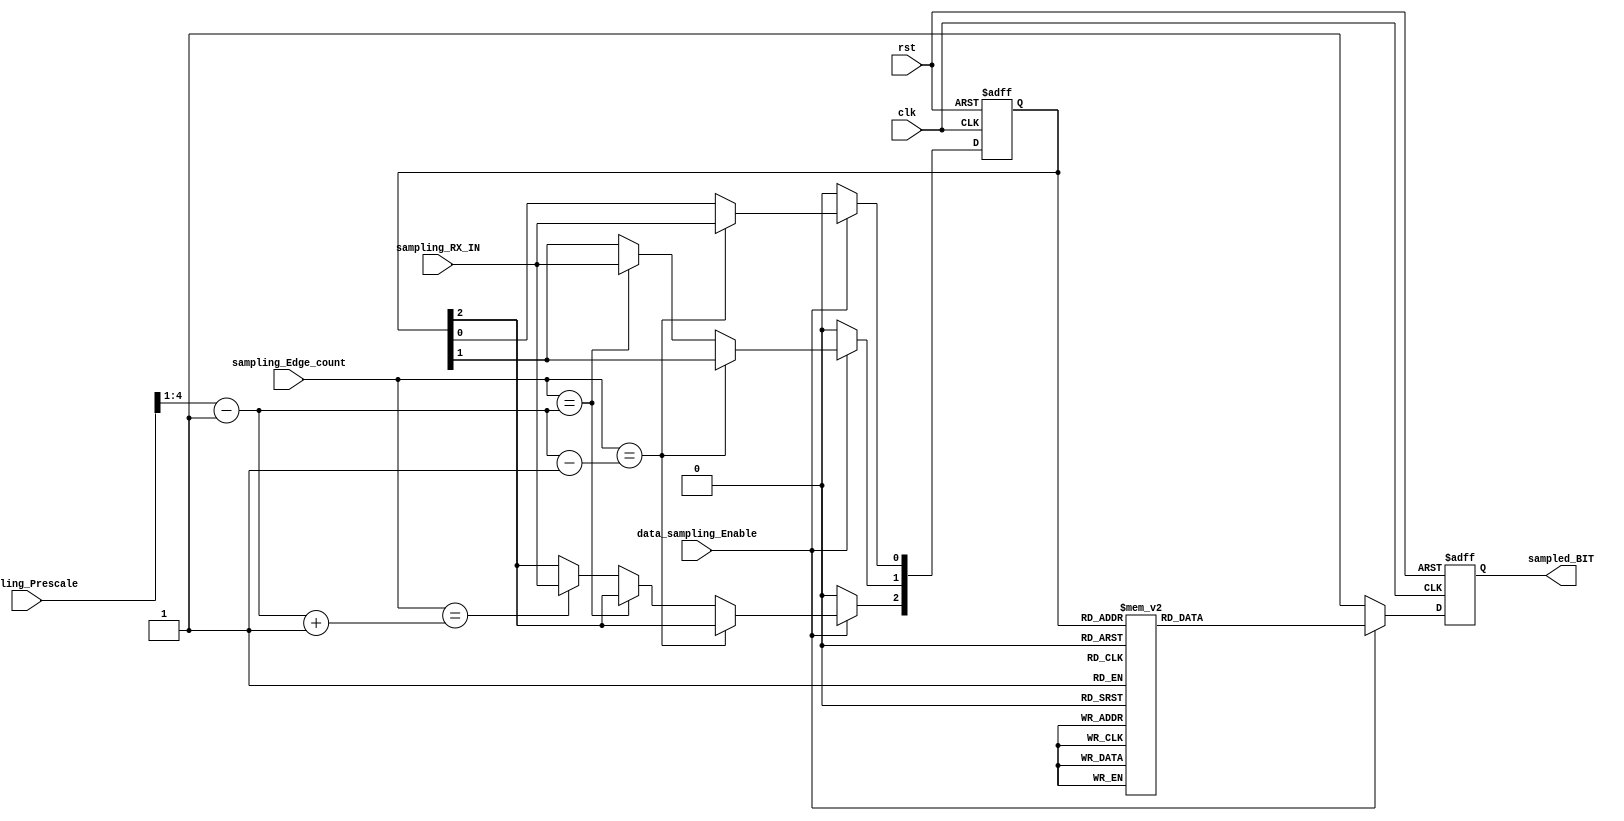
module UART_RX_data_sampling(
    input  wire clk,rst,
    input  wire [5 : 0] sampling_Prescale,
    input  wire sampling_RX_IN,
    input  wire data_sampling_Enable,
    input  wire [4 : 0] sampling_Edge_count,
    output reg  sampled_BIT
);

reg  [2 : 0] samples;
wire [3 : 0] half;

always @(posedge clk or negedge rst) begin
    if(!rst) begin
        samples     <=  'b0;
    end
    else if(data_sampling_Enable) begin
        if(sampling_Edge_count ==  (half - 1'b1)) begin
           samples[0] <= sampling_RX_IN;
        end
        else if(sampling_Edge_count == half) begin
            samples[1] <= sampling_RX_IN;
        end
        else if(sampling_Edge_count ==  (half + 1'b1)) begin
            samples[2] <= sampling_RX_IN;
        end
    end
    else begin
        samples <= 'b0;
    end
end

assign half = (sampling_Prescale >> 1) - 1'b1; // IF:1000 --> 0100-0001 = 111

always @(posedge clk or negedge rst) begin
    if(!rst) begin
        sampled_BIT <= 1'b1;
    end
    else if (data_sampling_Enable) begin
        case (samples)
            3'b000:  sampled_BIT <= 1'b0; 
            3'b001:  sampled_BIT <= 1'b0; 
            3'b010:  sampled_BIT <= 1'b0; 
            3'b011:  sampled_BIT <= 1'b1; 
            3'b100:  sampled_BIT <= 1'b0; 
            3'b101:  sampled_BIT <= 1'b1; 
            3'b110:  sampled_BIT <= 1'b1; 
            3'b111:  sampled_BIT <= 1'b1; 
            default: sampled_BIT <= 1'b0;
        endcase
    end
    else begin
        sampled_BIT <= 1'b1;
    end
end

endmodule